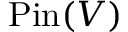
\operatorname { P i n } ( V )